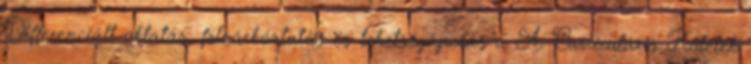
Differenciált oktatás, felzárkóztatás és tehetségápolás a A. Curriculáris Kőtelek